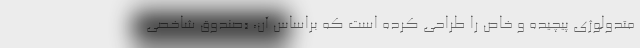
متدولوژی پیچیده و خاص را طراحی کرده است که براساس آن، «صندوق شاخصی